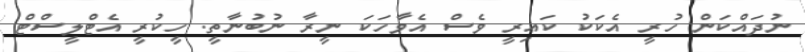
ނުދައްކަން ހުރީ އެކަކު ކައިރީ ވެސް އެވާހަކަ ނީރާ ނުބުނާތީ. ހީކުރީ އެޓްލީސްޓް